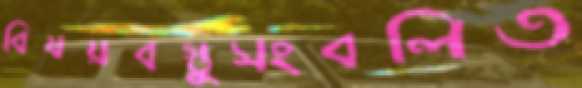
বিষয়বস্তুসংবলিত